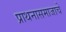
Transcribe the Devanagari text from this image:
प्राथनासमाजाचे